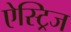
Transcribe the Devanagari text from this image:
ऐस्ट्रिज